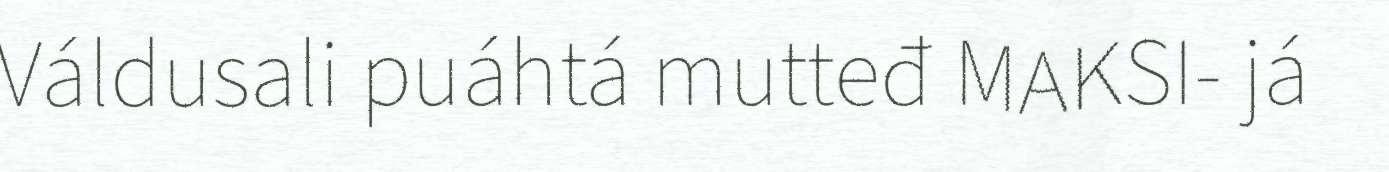
Váldusali puáhtá mutteđ MAKSI- já